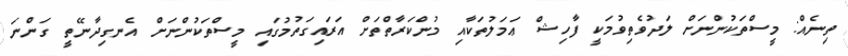
ތިނެއް: މީސްތަކުންނަށް ލަދުވެތިވުމަކީ ފާހިޝް ޢަމަލުތަކާއި މުންކަރާތްތަށް އަރައިގަތުމުގައި މީސްތަކުންނަށް އެނގިދާނޭތީ ގަންނަ